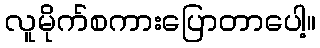
လူမိုက်စကားပြောတာပေါ့။